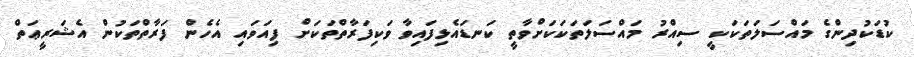
ކުޑަކުދިންގެ މައްސަލަތަކަކީ ސިއްރު މައްސަލަތަކަކަށްވާތީ ކަނޑައެޅިފައިވާ ވަކިފަރާތްތަކަށް ފިއަވައި އެހެން ފަރާތްތަކުން އެޝަރީޢަތް